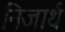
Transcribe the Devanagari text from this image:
निजार्थ